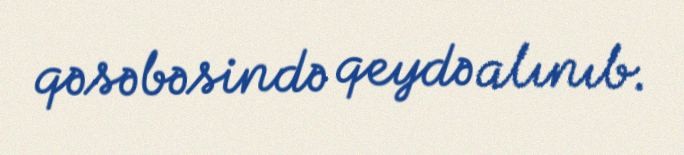
qəsəbəsində qeydə alınıb.